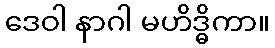
ဒေဝါ နာဂါ မဟိဒ္ဓိကာ။